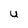
Character: U